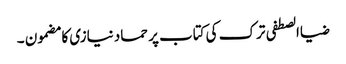
ضیاالصطفی ترک کی کتاب پر حماد نیازی کا مضمون ۔